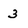
Character: 3